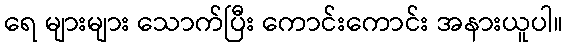
ရေ များများ သောက်ပြီး ကောင်းကောင်း အနားယူပါ။